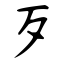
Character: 歹